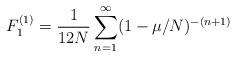
LaTeX: \begin{align*}F_1^{(1)} = {1 \over 12 N} \sum_{n=1}^{\infty} ( 1 - \mu / N)^{- (n + 1)}\end{align*}